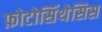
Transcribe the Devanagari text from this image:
फ़ोटोसिंथेसिस